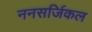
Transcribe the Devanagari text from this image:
ननसर्जिकल